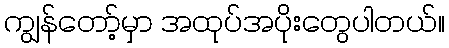
ကျွန်တော့်မှာ အထုပ်အပိုးတွေပါတယ်။